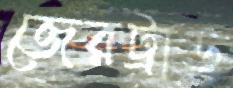
জেরট্রাড